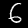
Label: 6